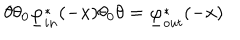
LaTeX: \theta \theta _ { 0 } \underline { { \varphi } } _ { i n } ^ { * } ( - x ) \theta _ { 0 } \theta = \underline { { \varphi } } _ { o u t } ^ { * } ( - x )